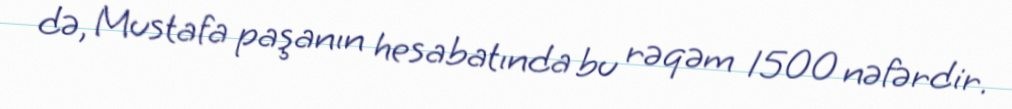
də, Mustafa paşanın hesabatında bu rəqəm 1500 nəfərdir.